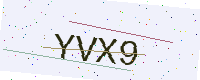
Text: YVX9